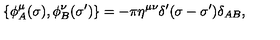
\{ \phi _ { A } ^ { \mu } ( \sigma ) , \phi _ { B } ^ { \nu } ( \sigma ^ { \prime } ) \} = - \pi \eta ^ { \mu \nu } \delta ^ { \prime } ( \sigma - \sigma ^ { \prime } ) \delta _ { A B } ,